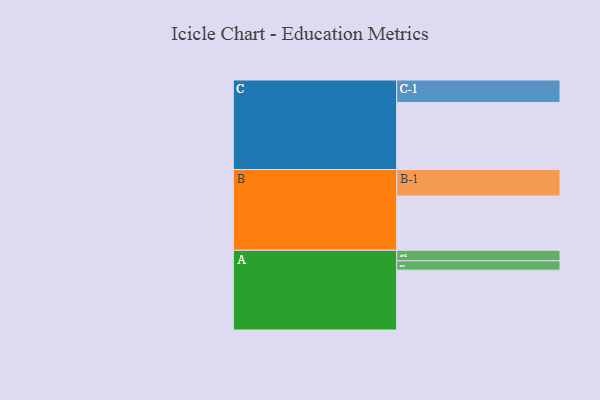
{"axis": {"x": "Segment", "y": "Value"}, "legend": ["", "A", "B", "C"], "data": [{"x": "A", "y": 533, "type": ""}, {"x": "B", "y": 483, "type": ""}, {"x": "C", "y": 597, "type": ""}, {"x": "A-1", "y": 83, "type": "A"}, {"x": "A-2", "y": 94, "type": "A"}, {"x": "B-1", "y": 236, "type": "B"}, {"x": "C-1", "y": 200, "type": "C"}]}